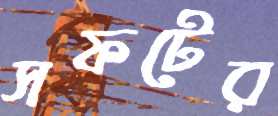
সফটের